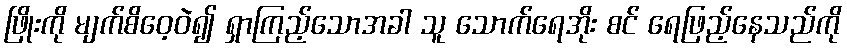
ဖြိုးကို မျက်စိဝေ့ဝဲ၍ ရှာကြည့်သောအခါ သူ သောက်ရေအိုး စင် ရေဖြည့်နေသည်ကို